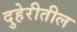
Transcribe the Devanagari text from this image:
दुहेरीतील